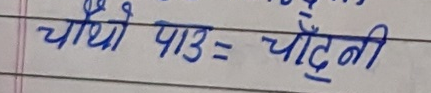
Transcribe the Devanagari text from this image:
चौथो पाउ = चाँदनी